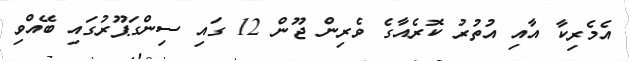
އެމެރިކާ އާއި އުތުރު ކޮރެއާގެ ވެރިން ޖޫން 12 ގައި ސިންގަޕޫރުގައި ބޭއްވި